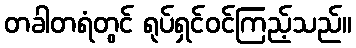
တခါတရံတွင် ရုပ်ရှင်ဝင်ကြည့်သည်။